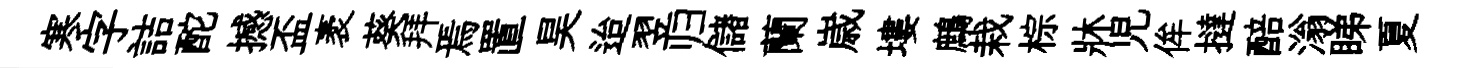
寒字詰酡撼盃袤葵拜焉置昊迨翌归儲蘭𡻕塿鷓栽棕牀児侔撻醅滃睇夏